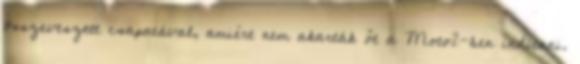
összeveszett csapatával, amiért nem akarták őt a Moto2-ben indítani.